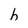
Character: h